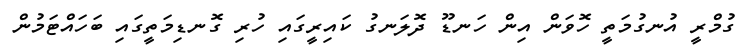
ގުމްރީ އުނގުމަތީ ހޮވަން އިން ހަނޑޫ ދޮލަނގު ކައިރީގައި ހުރި ގޮނޑިމަތީގައި ބަހައްޓަމުން